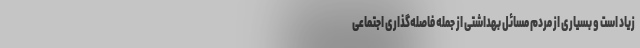
زیاد است و بسیاری از مردم مسائل بهداشتی از جمله فاصله‌گذاری اجتماعی